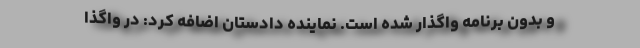
و بدون برنامه واگذار شده است. نماینده دادستان اضافه کرد: در واگذا